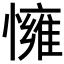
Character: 𢢓